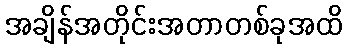
အချိန်အတိုင်းအတာတစ်ခုအထိ